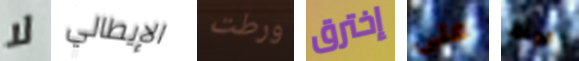
لا الإيطالي ورطت إخترق على قواها